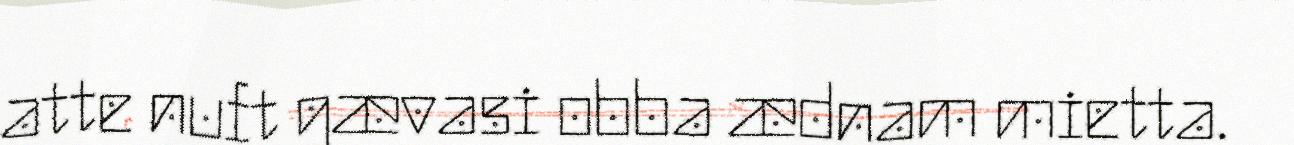
atte nuft gævasi obba ædnam mietta.